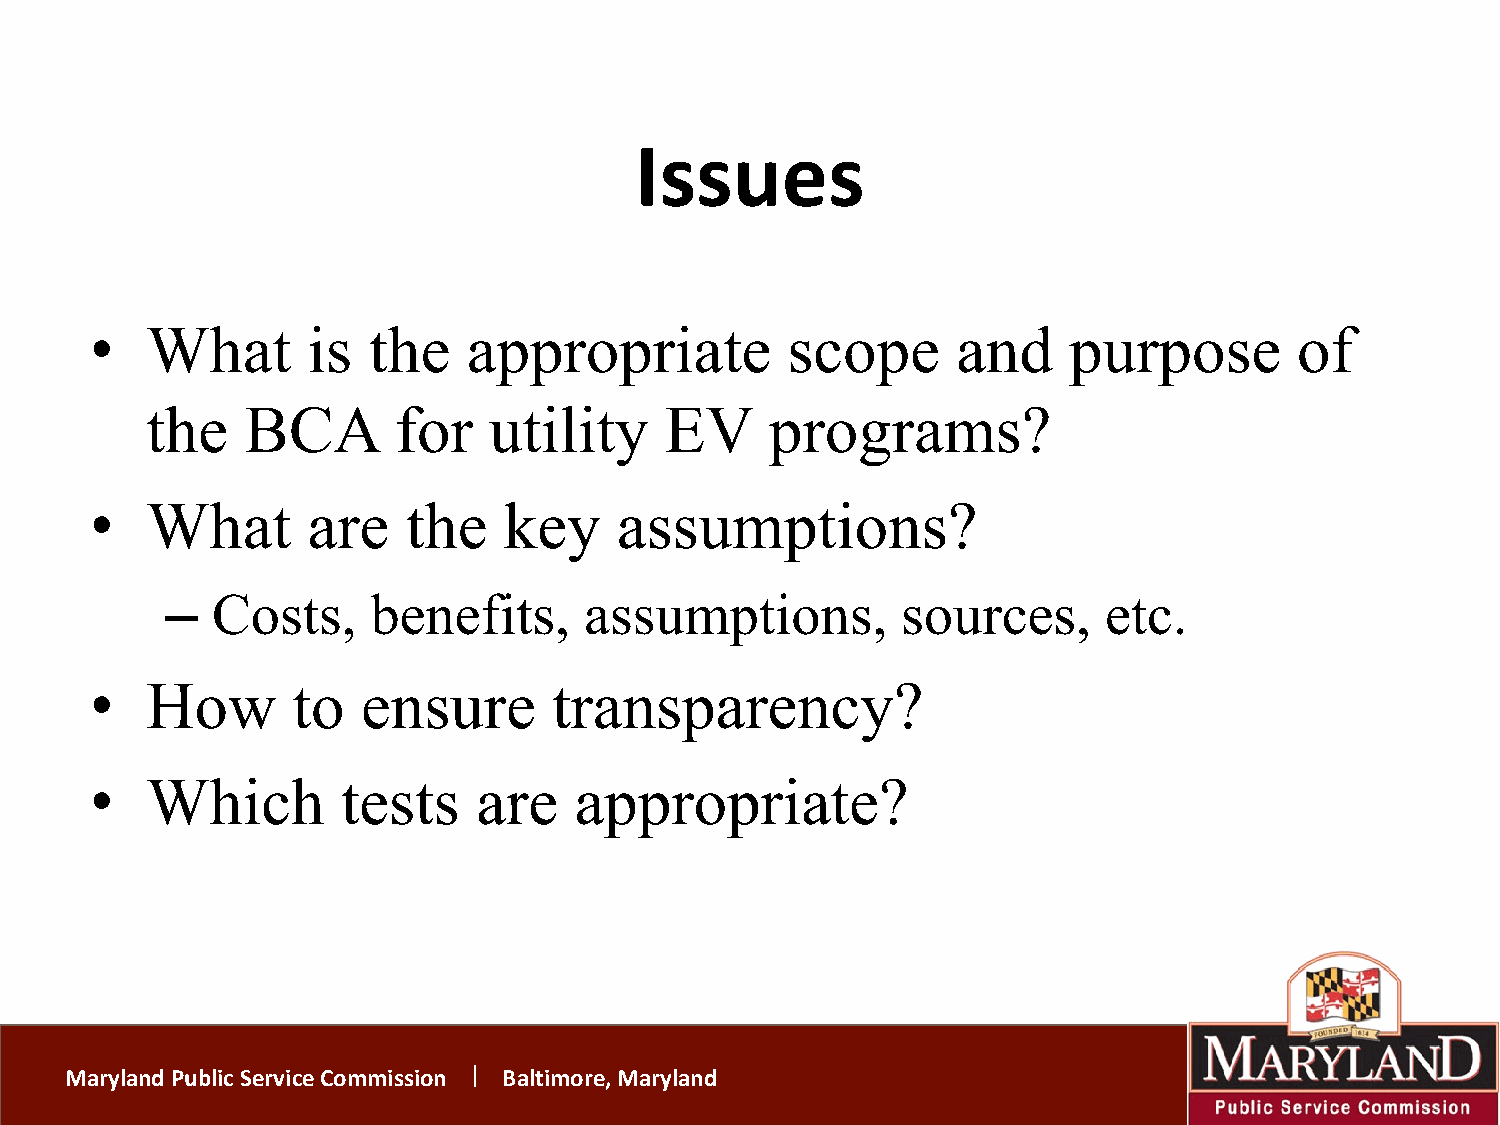
Issues
 •   What      is  the    appropriate          scope      and     purpose        of
 the   BCA       for   utility     EV     programs?
 •   What      are    the   key     assumptions?
 –  Costs,     benefits,     assumptions,         sources,     etc.
 •   How      to   ensure       transparency?
 •   Which        tests    are   appropriate?
 Maryland Public Service Commission Baltimore, Maryland